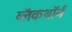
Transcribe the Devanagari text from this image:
ब्लॅकथॉर्न